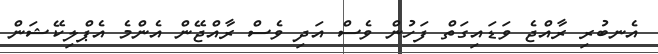
އެނބުރި ރާއްޖެ ވަޑައިގަތް ފަހުން ވެސް އަދި ވެސް ރާއްޖޭން އެންމެ އެޕްލިކޭޝަން